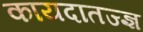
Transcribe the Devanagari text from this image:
कायदातज्ज्ञ